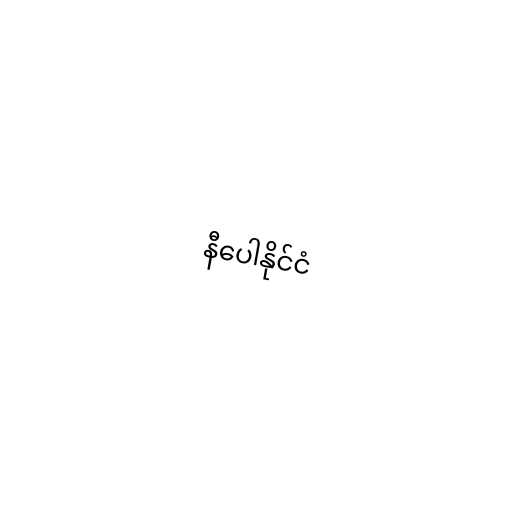
နီပေါနိုင်ငံ